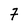
Character: 7